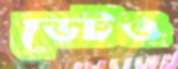
ডেটও